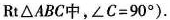
Rt△ABC中，$$∠ C = 9 0 °$$).